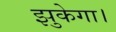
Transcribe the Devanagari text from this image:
झुकेगा।